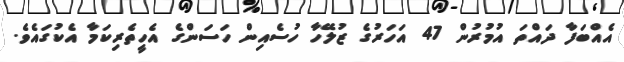
އެއްބަފާ ދައްތަ އުމުރުން 47 އަހަރުގެ ޒުލޭހާ ހުސެއިން ހަސަންގެ އެހީތެރިކަމާ އެކުގައެވެ.